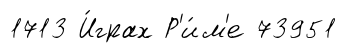
1713 И́грах Р'и́м'е 73951